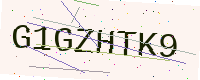
Text: G1GZHTK9